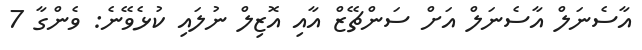
އާސެނަލް އާސެނަލް އަށް ސަންޗޭޒް އާއި އޮޒިލް ނުލައި ކުޅެވޭނެ: ވެންގާ 7